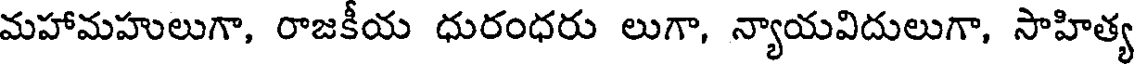
మహామహులుగా, రాజకీయ ధురంధరు లుగా, న్యాయవిదులుగా, సాహిత్య